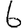
Digit: 6